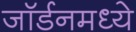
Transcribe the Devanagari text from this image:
जॉर्डनमध्ये